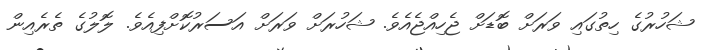
ޝަހުރުގެ ހިތުގައި ވަރަށް ބޮޑަށް ޖެހިއްޖެއެވެ. ޝަހުރަށް ވަރަށް އަސަރުކޮށްފިއެވެ. ލޮލުގެ ތެރެއިން